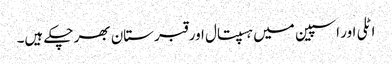
اٹلی اور اسپین میں ہسپتال اور قبرستان بھر چکے ہیں۔